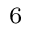
_ 6